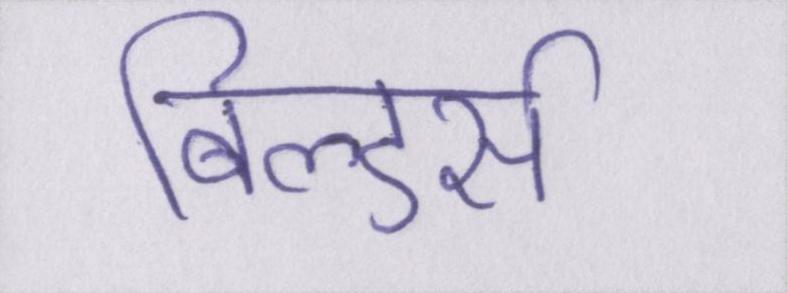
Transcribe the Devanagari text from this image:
बिल्डर्स